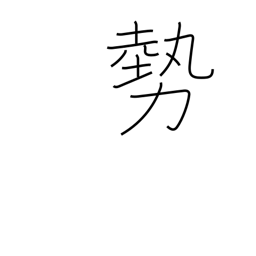
Meaning: forces